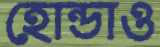
হোন্ডাও